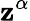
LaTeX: \mathbf{z}^{\alpha}